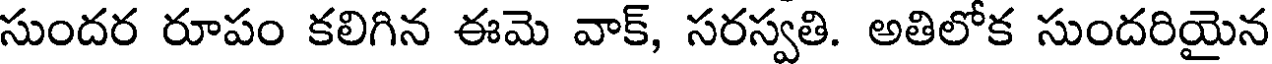
సుందర రూపం కలిగిన ఈమె వాక్, సరస్వతి. అతిలోక సుందరియైన